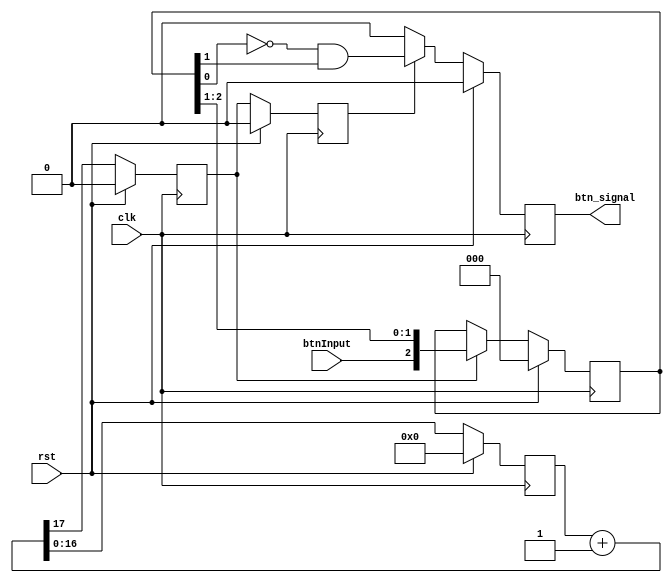
`timescale 1ns / 1ps
//////////////////////////////////////////////////////////////////////////////////
// Company: 
// Engineer: 
// 
// Design Name: 
// Module Name:    debouncer 
// Project Name: 
// Target Devices: 
// Tool versions: 
// Description: 
//
// Dependencies: 
//
// Revision: 
// Revision 0.01 - File Created
// Additional Comments: 
//
//////////////////////////////////////////////////////////////////////////////////
module debouncer(clk, rst, btnInput, btn_signal
    );
	
	input clk, rst, btnInput;
	output reg btn_signal;
	
	wire [17:0] clk_dv_inc;
	reg [16:0] clk_dv;
	reg clk_en;
	reg clk_en_d;
	reg [2:0] step_btn;

    assign clk_dv_inc = clk_dv + 1;
   
    always @ (posedge clk)
      if (rst)
        begin
           clk_dv   <= 0;
           clk_en   <= 1'b0;
           clk_en_d <= 1'b0;
        end
      else
        begin
           clk_dv   <= clk_dv_inc[16:0];
           clk_en   <= clk_dv_inc[17];
           clk_en_d <= clk_en;
        end
	

   always @ (posedge clk)
     if (rst)
       begin
		  step_btn[2:0]  <= 0;
       end
     else if (clk_en) // Down sampling
       begin
		  step_btn[2:0] <= {btnInput, step_btn[2:1]};
       end
	   
	// Detecting posedge of btnPause
	wire is_btn_posedge;
    assign is_btn_posedge = ~ step_btn[0] & step_btn[1];
	
	always @ (posedge clk)
		if (rst)
			begin
				btn_signal <= 1'b0;
			end
		else if (clk_en_d) 
			begin
				btn_signal <= is_btn_posedge;
			end
		else
			begin
				btn_signal <= 1'b0;
			end

endmodule